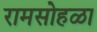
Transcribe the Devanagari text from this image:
रामसोहळा